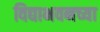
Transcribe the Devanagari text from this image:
विद्याभवनच्या